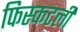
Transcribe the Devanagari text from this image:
फिस्कटली